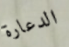
الدعارة